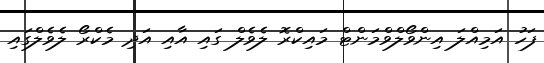
ފަހު އަމިއްލަ އިންވޯލްވްމަންޓް މައިކްރޮ ލެވެލް ގައި އާއި އަދި މެކްރޯ ލެވެލްގައި